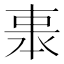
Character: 𠁱